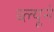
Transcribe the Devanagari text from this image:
ब्ल्यूने